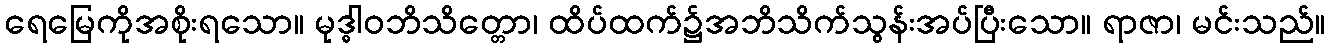
ရေမြေကိုအစိုးရသော။ မုဒ္ဓါဝဘိသိတ္တော၊ ထိပ်ထက်၌အဘိသိက်သွန်းအပ်ပြီးသော။ ရာဇာ၊ မင်းသည်။